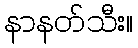
နာနတ်သီး။